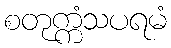
စတုက္ကံသပရမံ